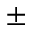
\pm